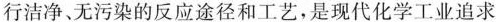
行洁净、无污染的反应途径和工艺，是现代化学工业追求